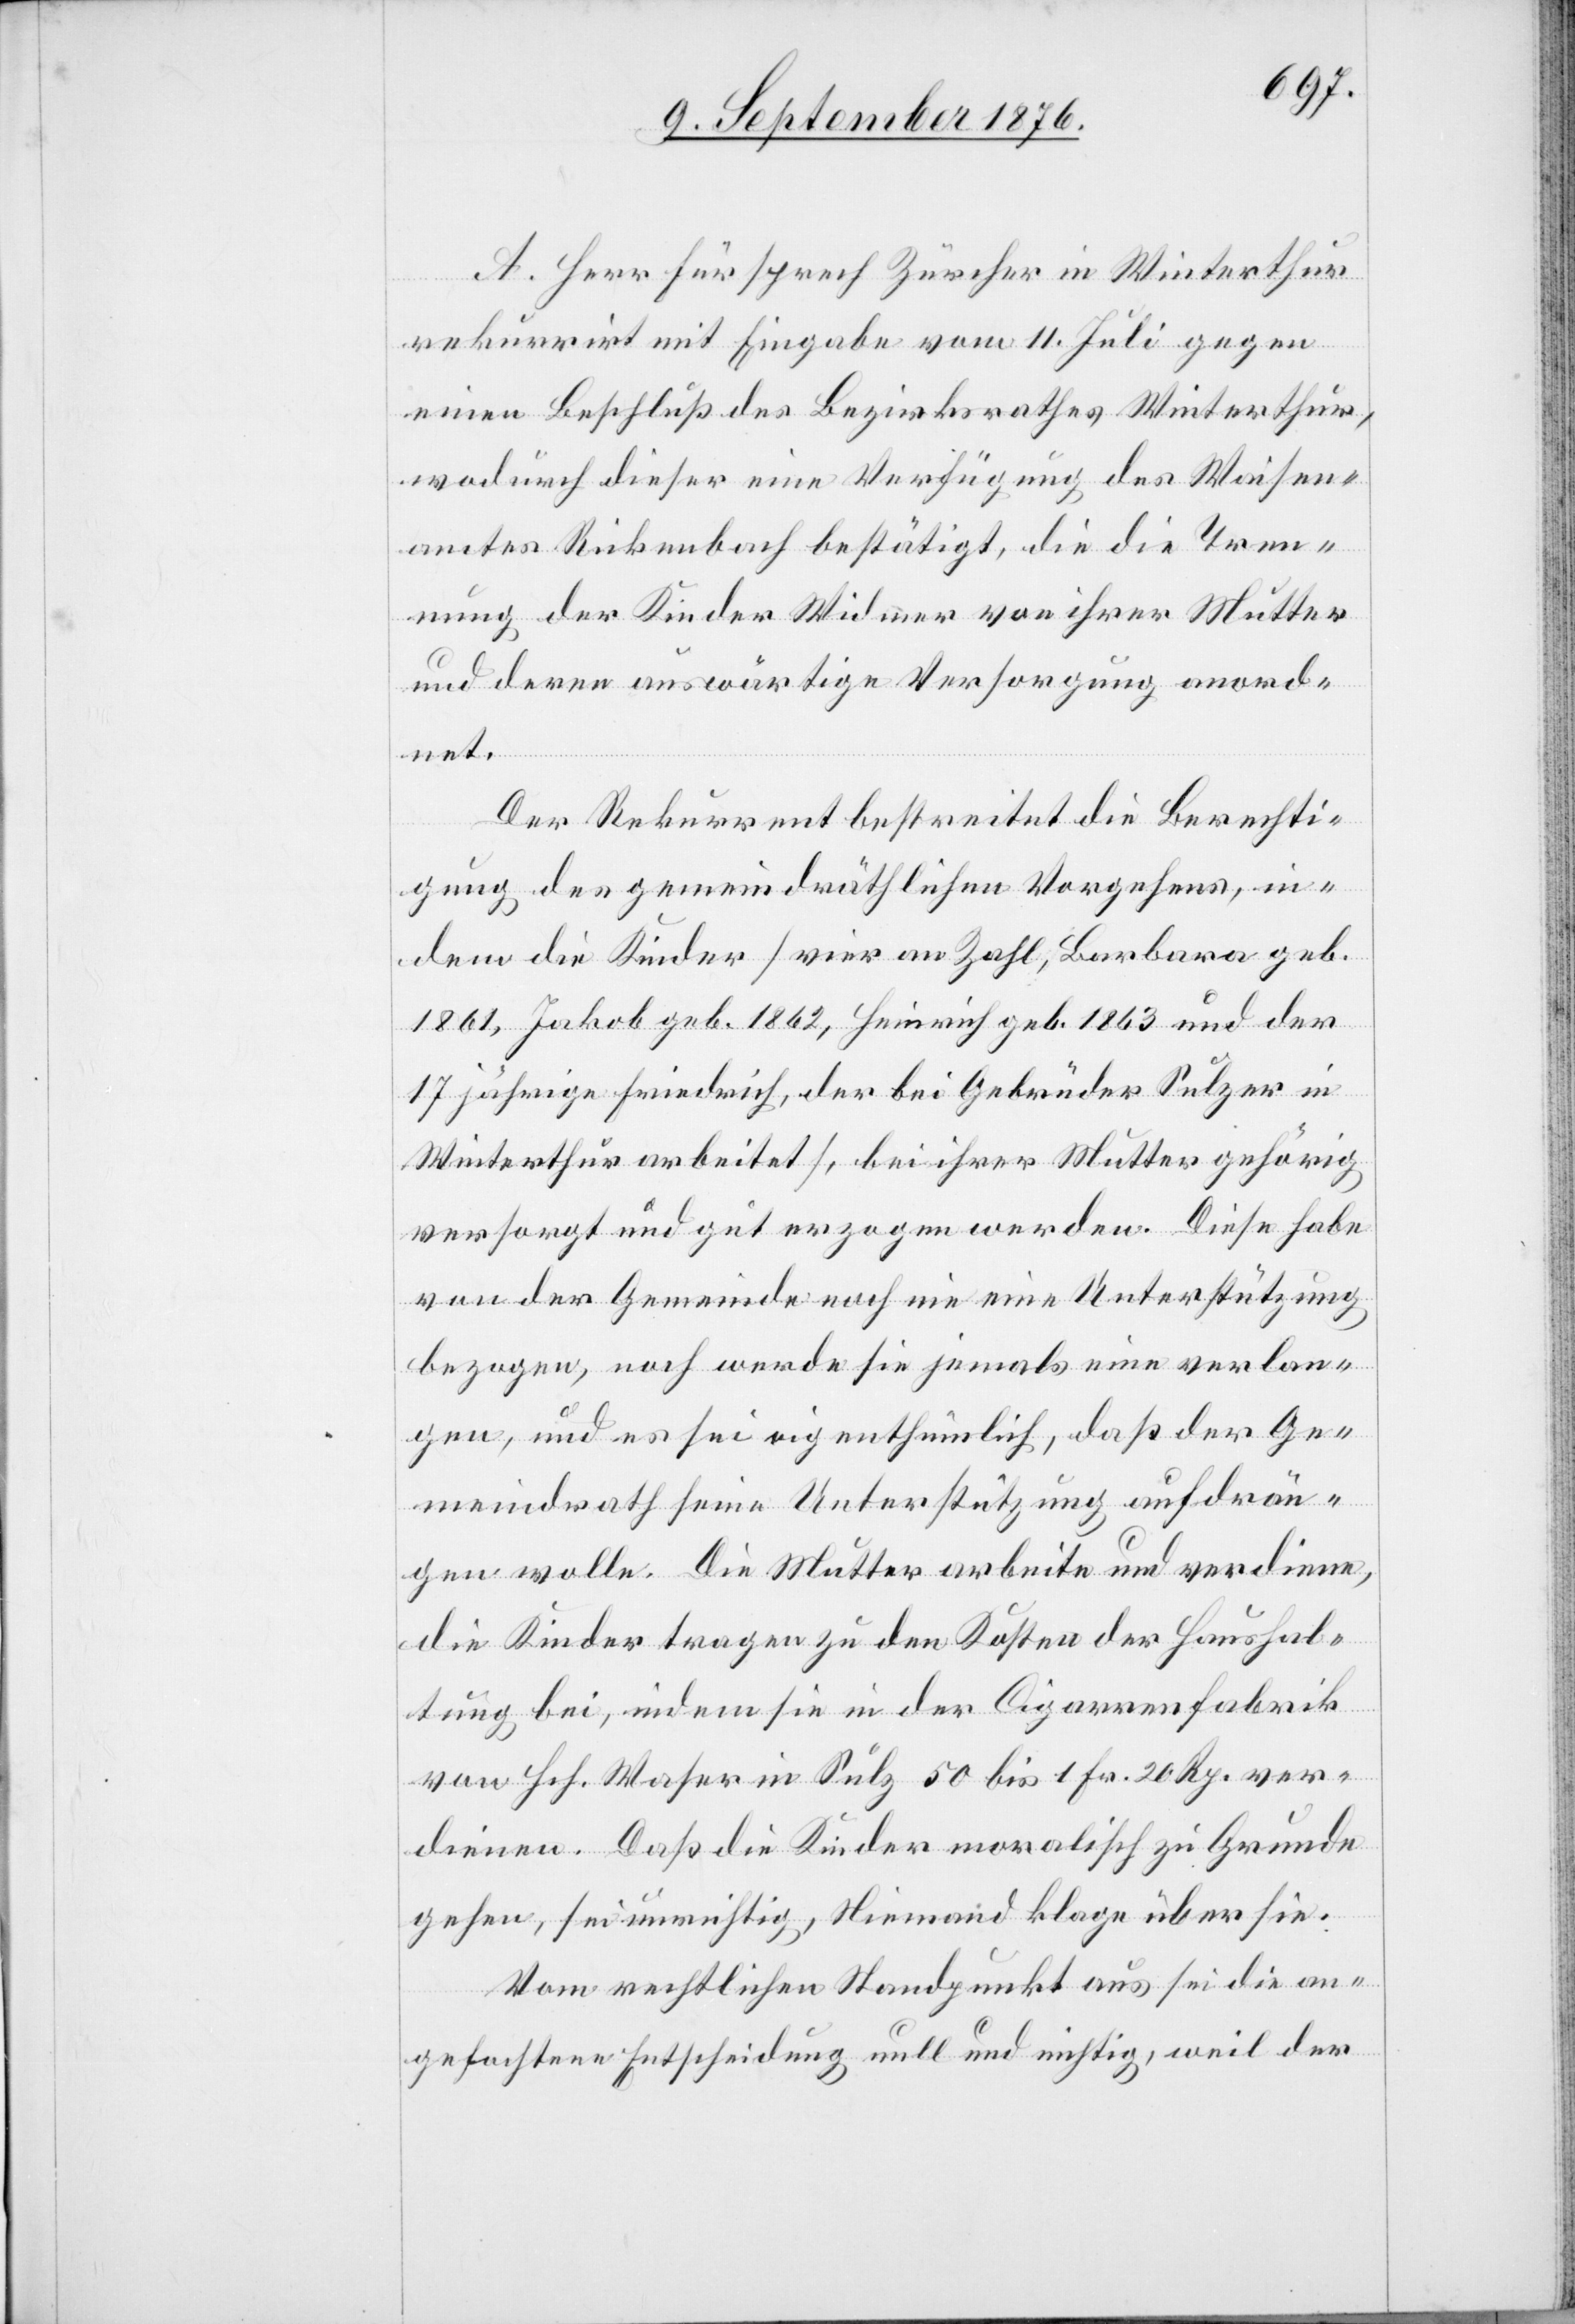
A. Herr Fürsprech Zürcher in Winterthur
rekurrirt mit Eingabe vom 11. Juli gegen
einen Beschluß des Bezirksrathes Winterthur,
wodurch dieser eine Verfügung des Waisen¬
amtes Rickenbach bestätigt, die die Tren¬
nung der Kinder Widmer von ihrer Mutter
und deren auswärtige Versorgung anord¬
net.
Der Rekurrent bestreitet die Berechti¬
gung des gemeindräthlichen Vorgehens, in¬
dem die Kinder [vier an Zahl, Barbara geb.
1861, Jakob geb. 1862, Heinrich geb. 1863 und der
17 jährige Friedrich, der bei Gebrüder Sulzer in
Winterthur arbeitet], bei ihrer Mutter gehörig
versorgt und gut erzogen werden. Diese habe
von der Gemeinde noch nie eine Unterstützung
bezogen, noch werde sie jemals eine verlan¬
gen, und es sei eigenthümlich, daß der Ge¬
meindrath seine Unterstützung aufdrän¬
gen wolle. Die Mutter arbeite und verdiene,
die Kinder tragen zu den Kosten der Haushal¬
tung bei, indem sie in der Cigarrenfabrik
von Hch. Waser in Sülz 50 bis 1 Fr. 20 Rp. ver¬
dienen. Daß die Kinder moralisch zu Grunde
gehen, sei unrichtig, Niemand klage über sie.
Vom rechtlichen Standpunkt aus sei die an¬
gefochtene Entscheidung null und nichtig, weil der